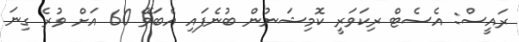
ރައީސް: އެސެޓް ރިކަވަރީ ކޮމިޝަނުން ބުނެފައި އެބަވޭ 60 އަށް ވުރެ ގިނަ